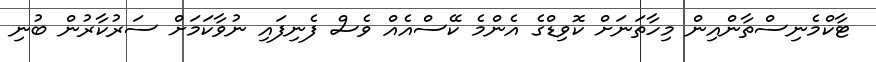
ޓާކްމެނިސްތާންއިން މިހާތަނަށް ކޮވިޑްގެ އެންމެ ކޭސްއެއް ވެސް ފެނިފައި ނުވާކަމަށް ސަރުކާރުން ބުނި